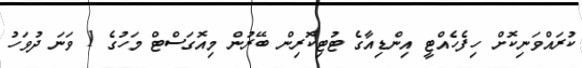
ކުރައްވަނިކޮށް ހިފެހެއްޓީ އިންޑިއާގެ ޓުޓިކޮރިން ބޭރުން މިއޮގަސްޓް މަހުގެ 1 ވަނަ ދުވަހު